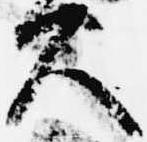
久